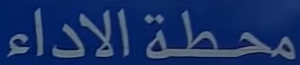
الاداء محطة